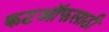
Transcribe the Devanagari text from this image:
कटऑफसाठी